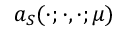
a _ { S } ( \cdot ; \cdot , \cdot ; \mu )